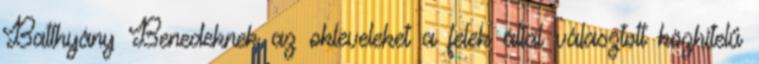
Batthyány Benedeknek az okleveleket a felek által választott közhitelű